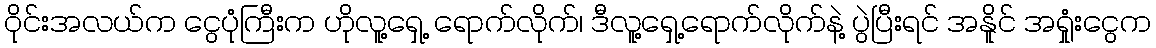
ဝိုင်းအလယ်က ငွေပုံကြီးက ဟိုလူ့ရှေ့ ရောက်လိုက်၊ ဒီလူ့ရှေ့ရောက်လိုက်နဲ့ ပွဲပြီးရင် အနိူင် အရှုံးငွေက